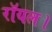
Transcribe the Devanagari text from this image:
रॉयल।